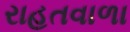
રાહતવાળા